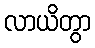
လာယိတွာ